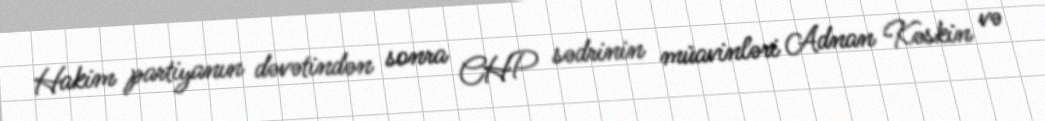
Hakim partiyanın dəvətindən sonra CHP sədrinin müavinləri Adnan Kəskin və